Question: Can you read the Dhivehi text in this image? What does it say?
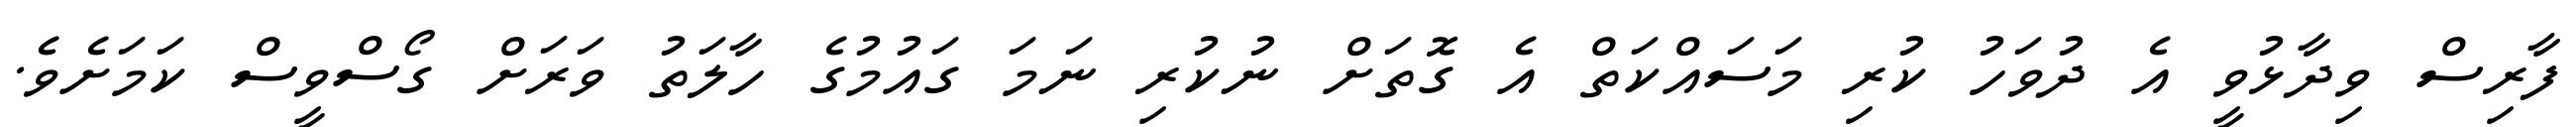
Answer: ފާރިސް ވިދާޅުވީ އެ ދުވަހު ކުރި މަސައްކަތް އެ ގޮތަށް ނުކުރި ނަމަ ގައުމުގެ ހާލަތު ވަރަށް ގޯސްވީސް ކަމަށެވެ.